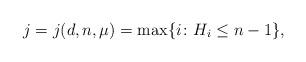
LaTeX: \begin{align*} j=j(d,n,\mu) = \max\{i\colon H_i\leq n-1\}, \end{align*}